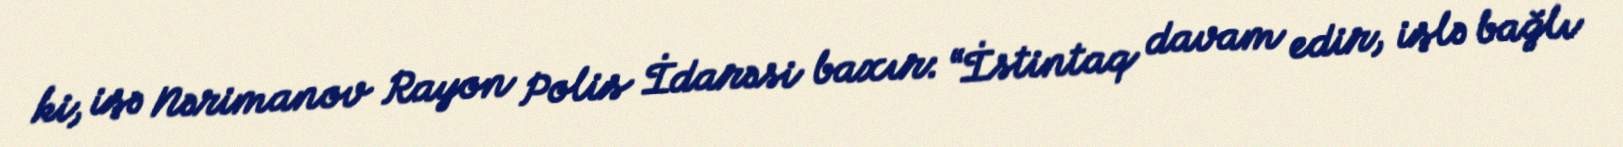
ki, işə Nərimanov Rayon Polis İdarəsi baxır: “İstintaq davam edir, işlə bağlı